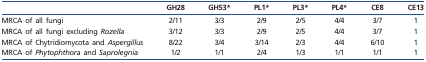
|  | GH28 | GH53* | PL1* | PL3* | PL4* | CE8 | CE13 |
 | --- | --- | --- | --- | --- | --- | --- | --- |
 | MRCA of all fungi | 2/11 | 3/3 | 2/9 | 2/5 | 4/4 | 3/7 | 1 |
 | MRCA of all fungi excluding Rozella | 3/12 | 3/3 | 2/9 | 2/5 | 4/4 | 3/7 | 1 |
 | MRCA of Chytridiomycota and Aspergillus | 8/22 | 3/4 | 3/14 | 2/3 | 4/4 | 6/10 | 1 |
 | MRCA of Phytophthora and Saprolegnia | 1/2 | 1/1 | 2/4 | 1/3 | 1/1 | 1/1 | 1 |